Leningradi_Edasi_toimetus, lk 167
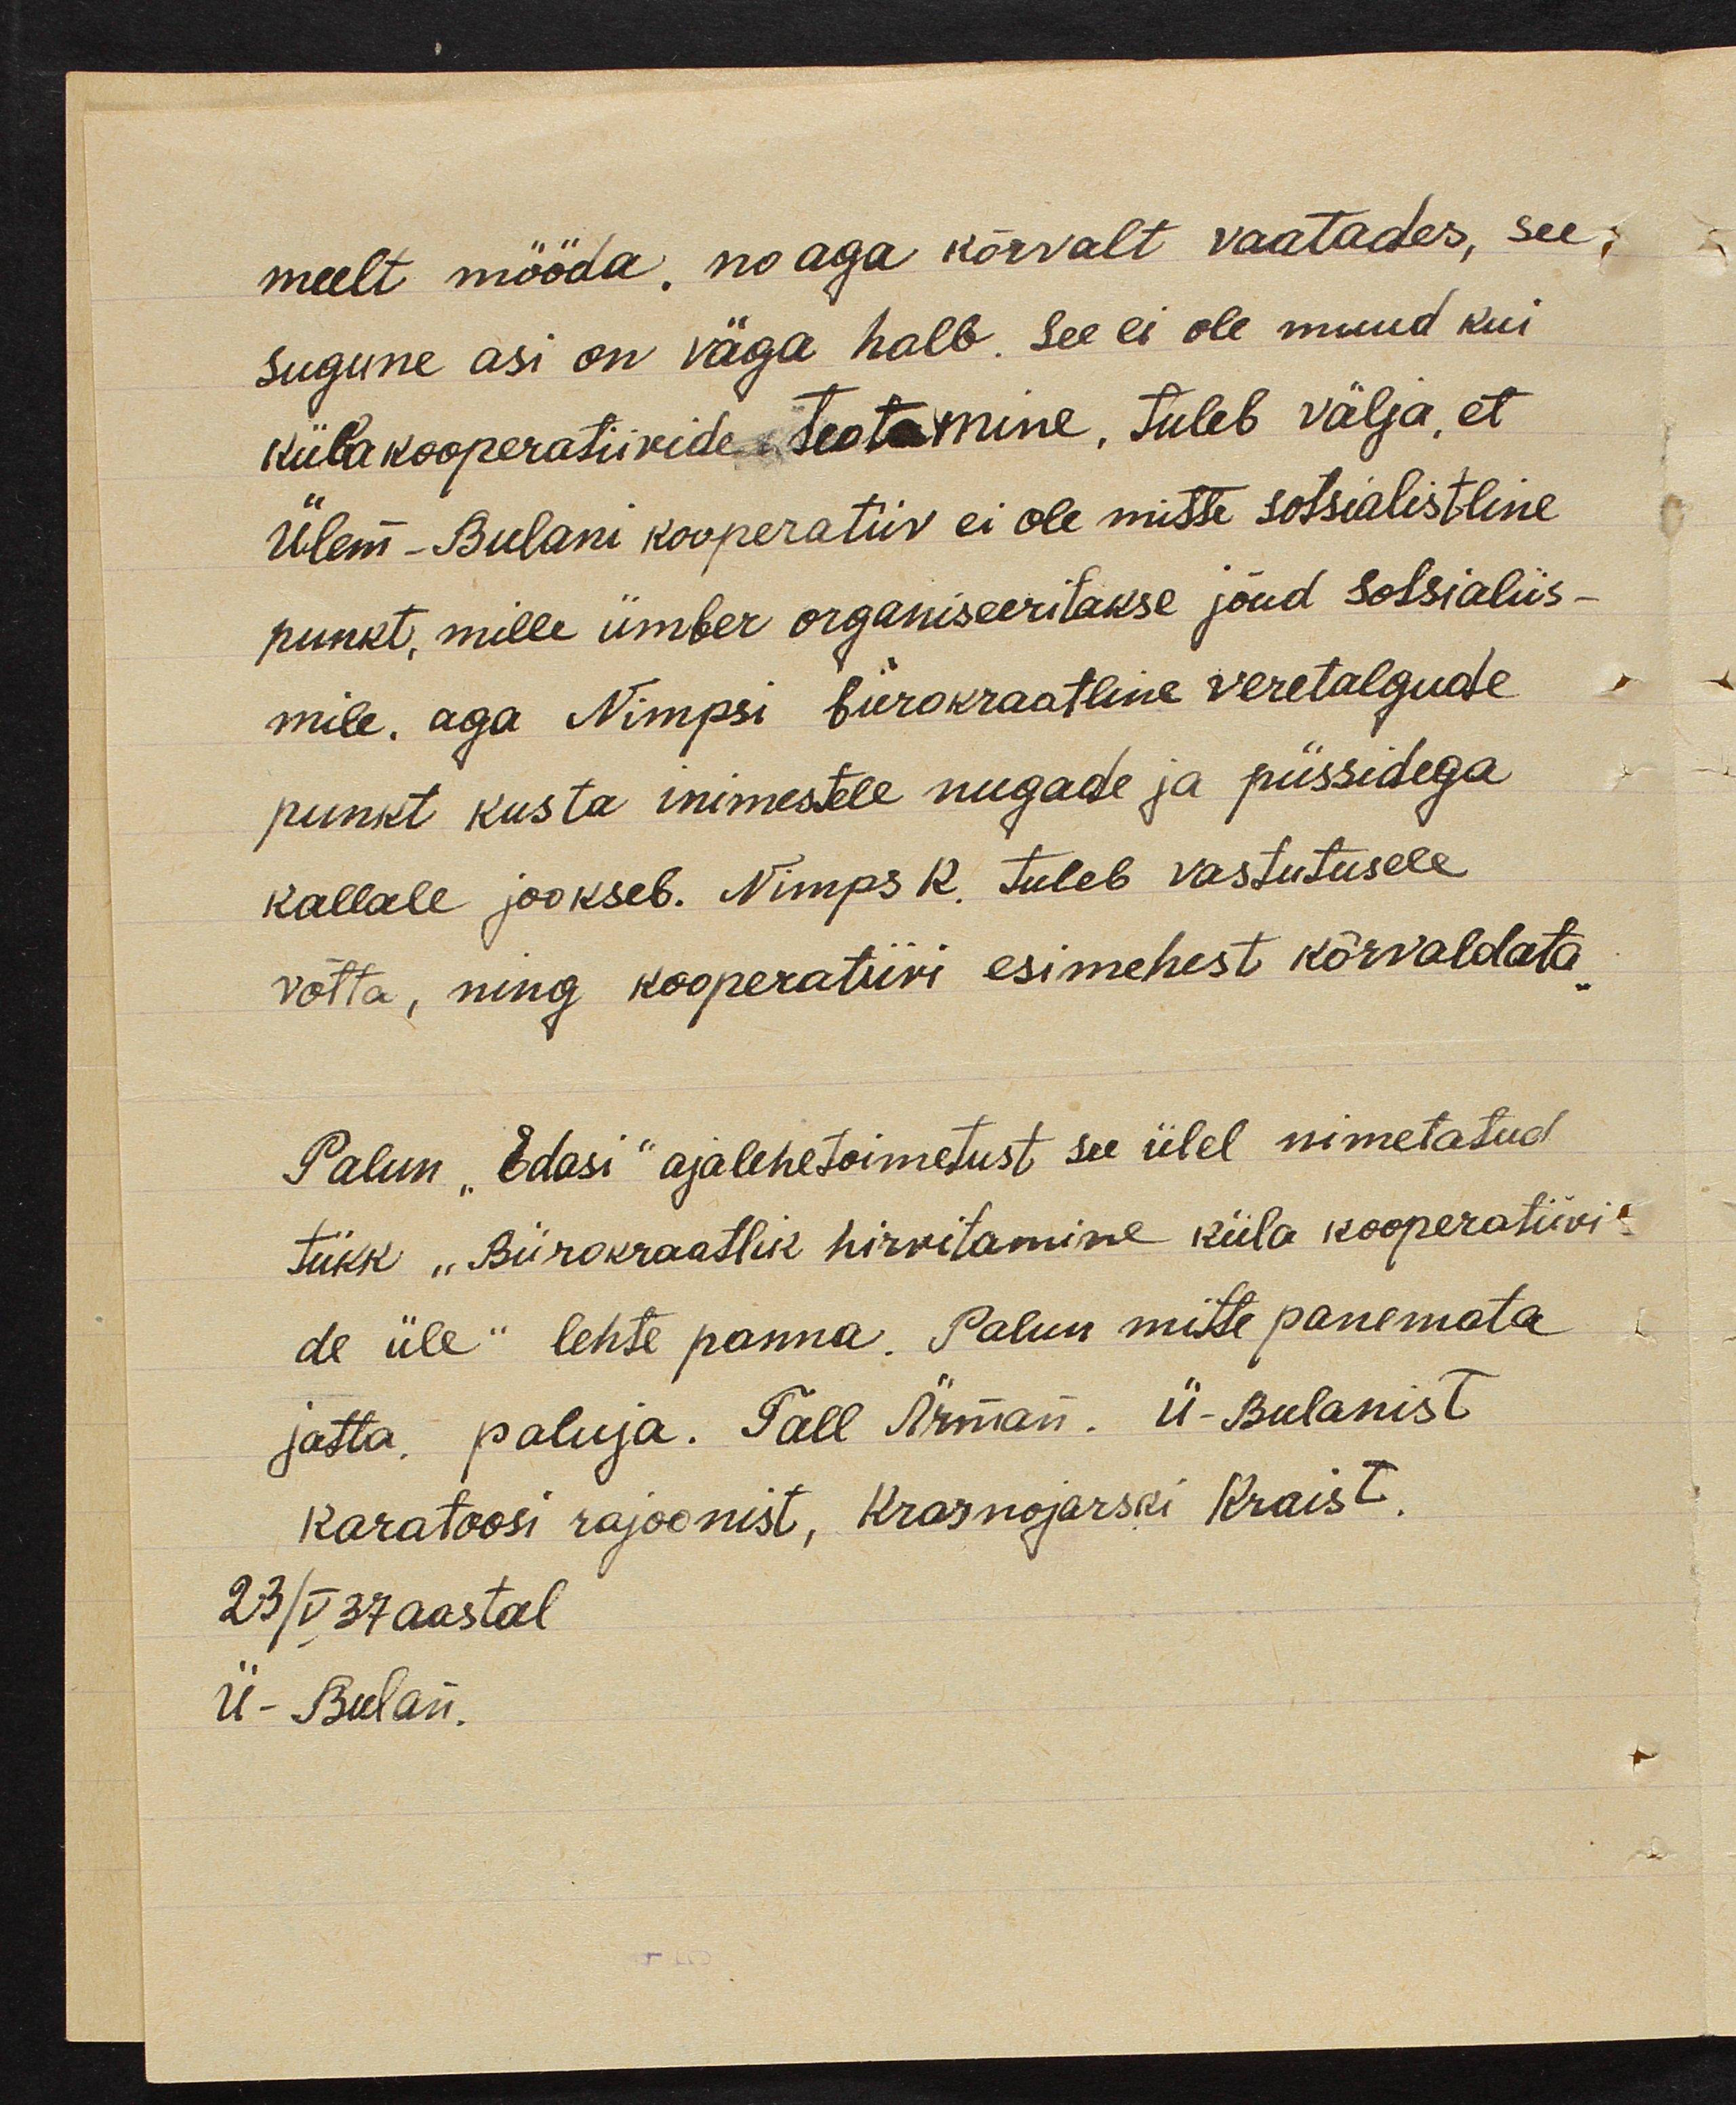
meelt mööda, no aga kõrvalt vaatades, see,
sugune asi on väga halb. See ei ole muud kui
külakooperatiivide teotamine, tuleb välja, et
Ülem - Bulani kooperatiiv ei ole mitte sotsialistline
punkt, mille ümber organiseeritakse jõud sotsialiis-
mile. aga Nimpsi bürokraatline veretalgude
punkt kus ta inimestele nugade ja püssidega.
kallale jookseb. Nimps K. tuleb vastutusele.
võtta, ning kooperatiivi esimehest kõrvaldata
Palun "Edasi" ajalehetoimetust see ülel nimetatud
tükk "Bürokraatlik hirvitamine küla koosperatiivi
de üle" lehte panna. Palun mitte panemata,
jatta, paluja. Tall Ärman. Ü-Bulanist
Karatoosi rajoonist, Krasnojarski Kraist,
23/V 37 aastal
Ü-Bulan.